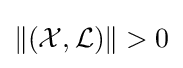
\|({\mathcal {X}},{\mathcal {L}})\|>0